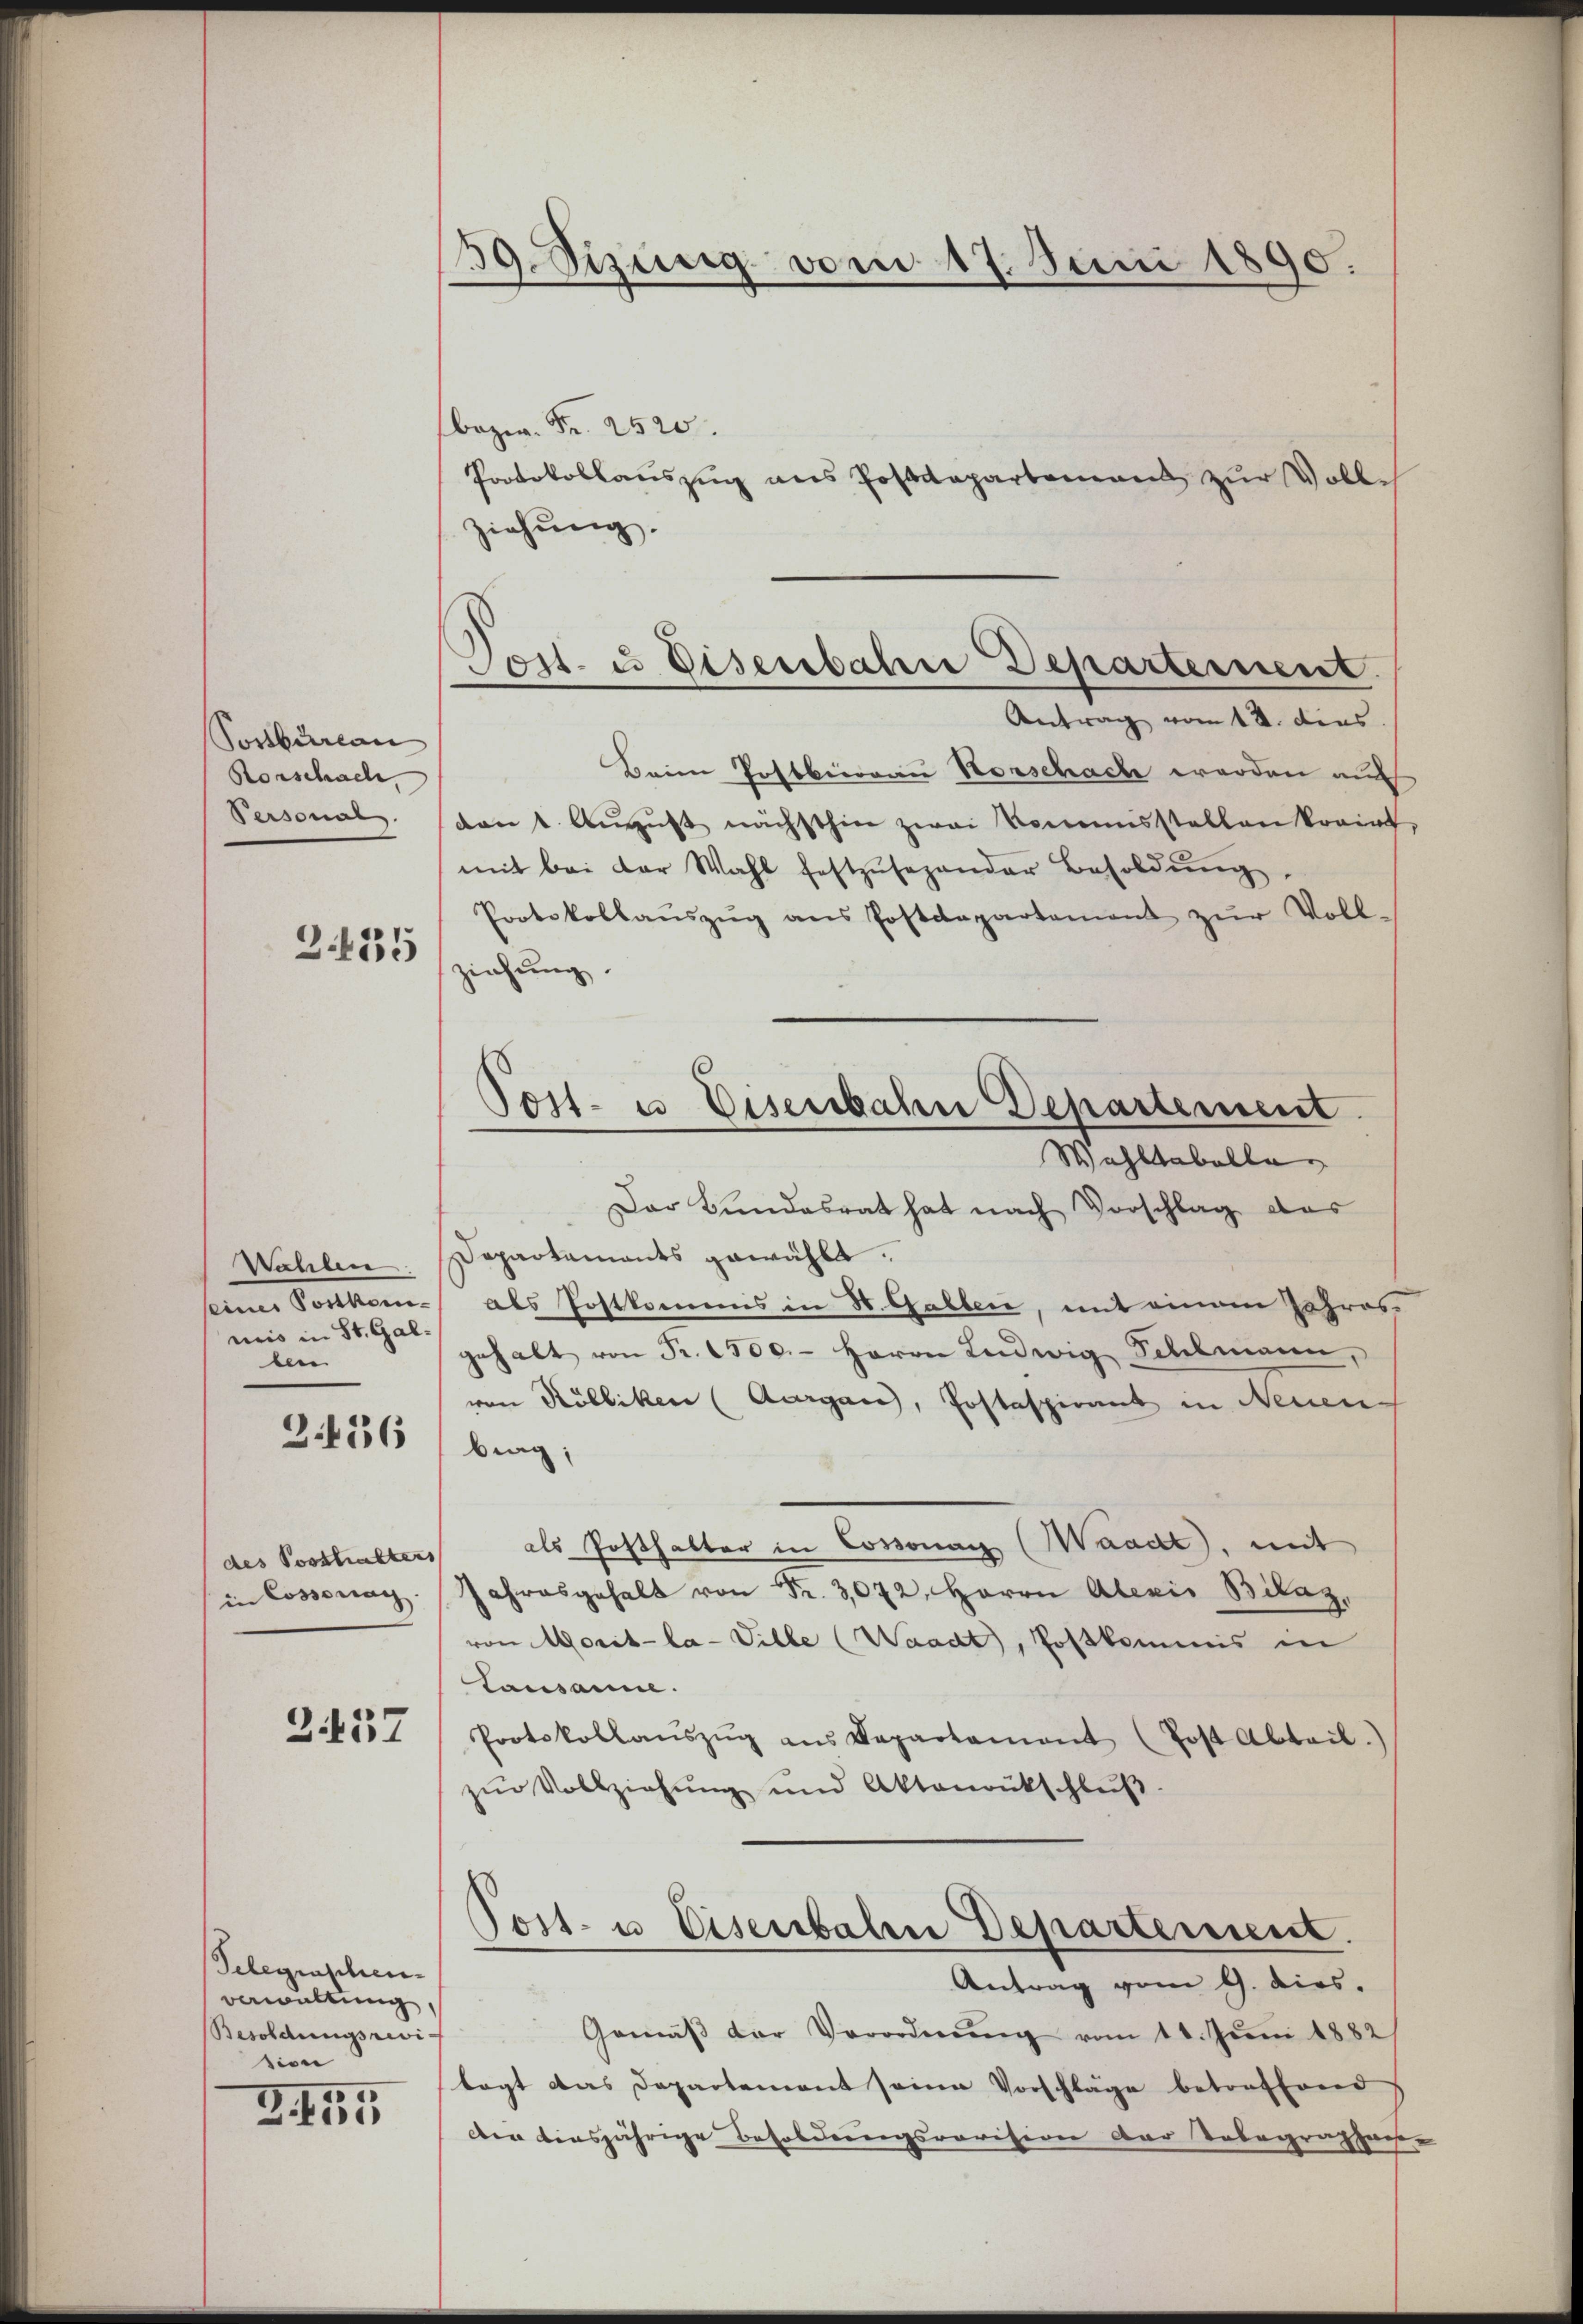
Postbureau
Rorschach
Personal

2. 435

Wahlen
eine Portan
niis in St. Galben

3. 456

des Posthalters
in Cossonay

2457

Telegraschen.
verwaltung,
Besoldungsrevi-
sion

Z. 155

39. Sizung vom 17. Juni 1890.

bezw. Fr. 2520.
Protokollauszug aus Postdepartement zur Volle
ziehung.
Beim Postbüreau Vorschach werden auf
dant Aŭgŭst nächsthin zwei kommisstellen kraint
mit bei der Wahl festzŭsehander Besoldŭng
Protokollaŭszŭg ans Postdepartement zŭr Voll-
ziehung.
Dar Bundesrat hat nach Vorschlag das
Departaments gewählt.
als Postkommes in d. Gallen, mit einem Jahresgehalt von Fr. 1500.- Herrn Ludwig Schelmann,
von Rölliken (Aargau, Postaspirant in Neuen
brag;
als Posthalter in Cossonay (Waadt, mit
Jahresgehalt von Fr. 3072. Herrn Alexis Bilaz,
von Morit-la-Ville (Waadt, Postkommis in
Lausanne.
Protokollaŭszŭg ans Departament (Post Abteil)
zŭr Vollziehŭng und Aktenrütschlŭβ

Post- u. Eisenbahre Departement.
Antrag vom 12. dies

Post- u. Eisenbahn Departement
Wahltabelle

Post- u. Eisenbalen Departement.

Antrag vom 9. dies.
Gemäβ der Verordnŭng vom 11. Juni 1882/
lagt das Departement seine Vorschläge betroffend
der diesjährige Besoldungsrevision der Telegraphaese